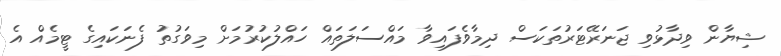
ޝިޔާން ވިދާޅުވި ޖަނަރޭޓަރުތަކަސް ދިމާވެފައިވާ މައްސަލަތައް ހައްލުކުރުމަށް މިވަގުތު ފެނަކައިގެ ޓީމެއް އެ